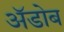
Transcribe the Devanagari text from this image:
अॅडोब